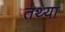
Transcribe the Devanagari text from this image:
तथ्या